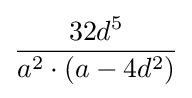
{\frac {32d^{5}}{a^{2}\cdot (a-4d^{2})}}